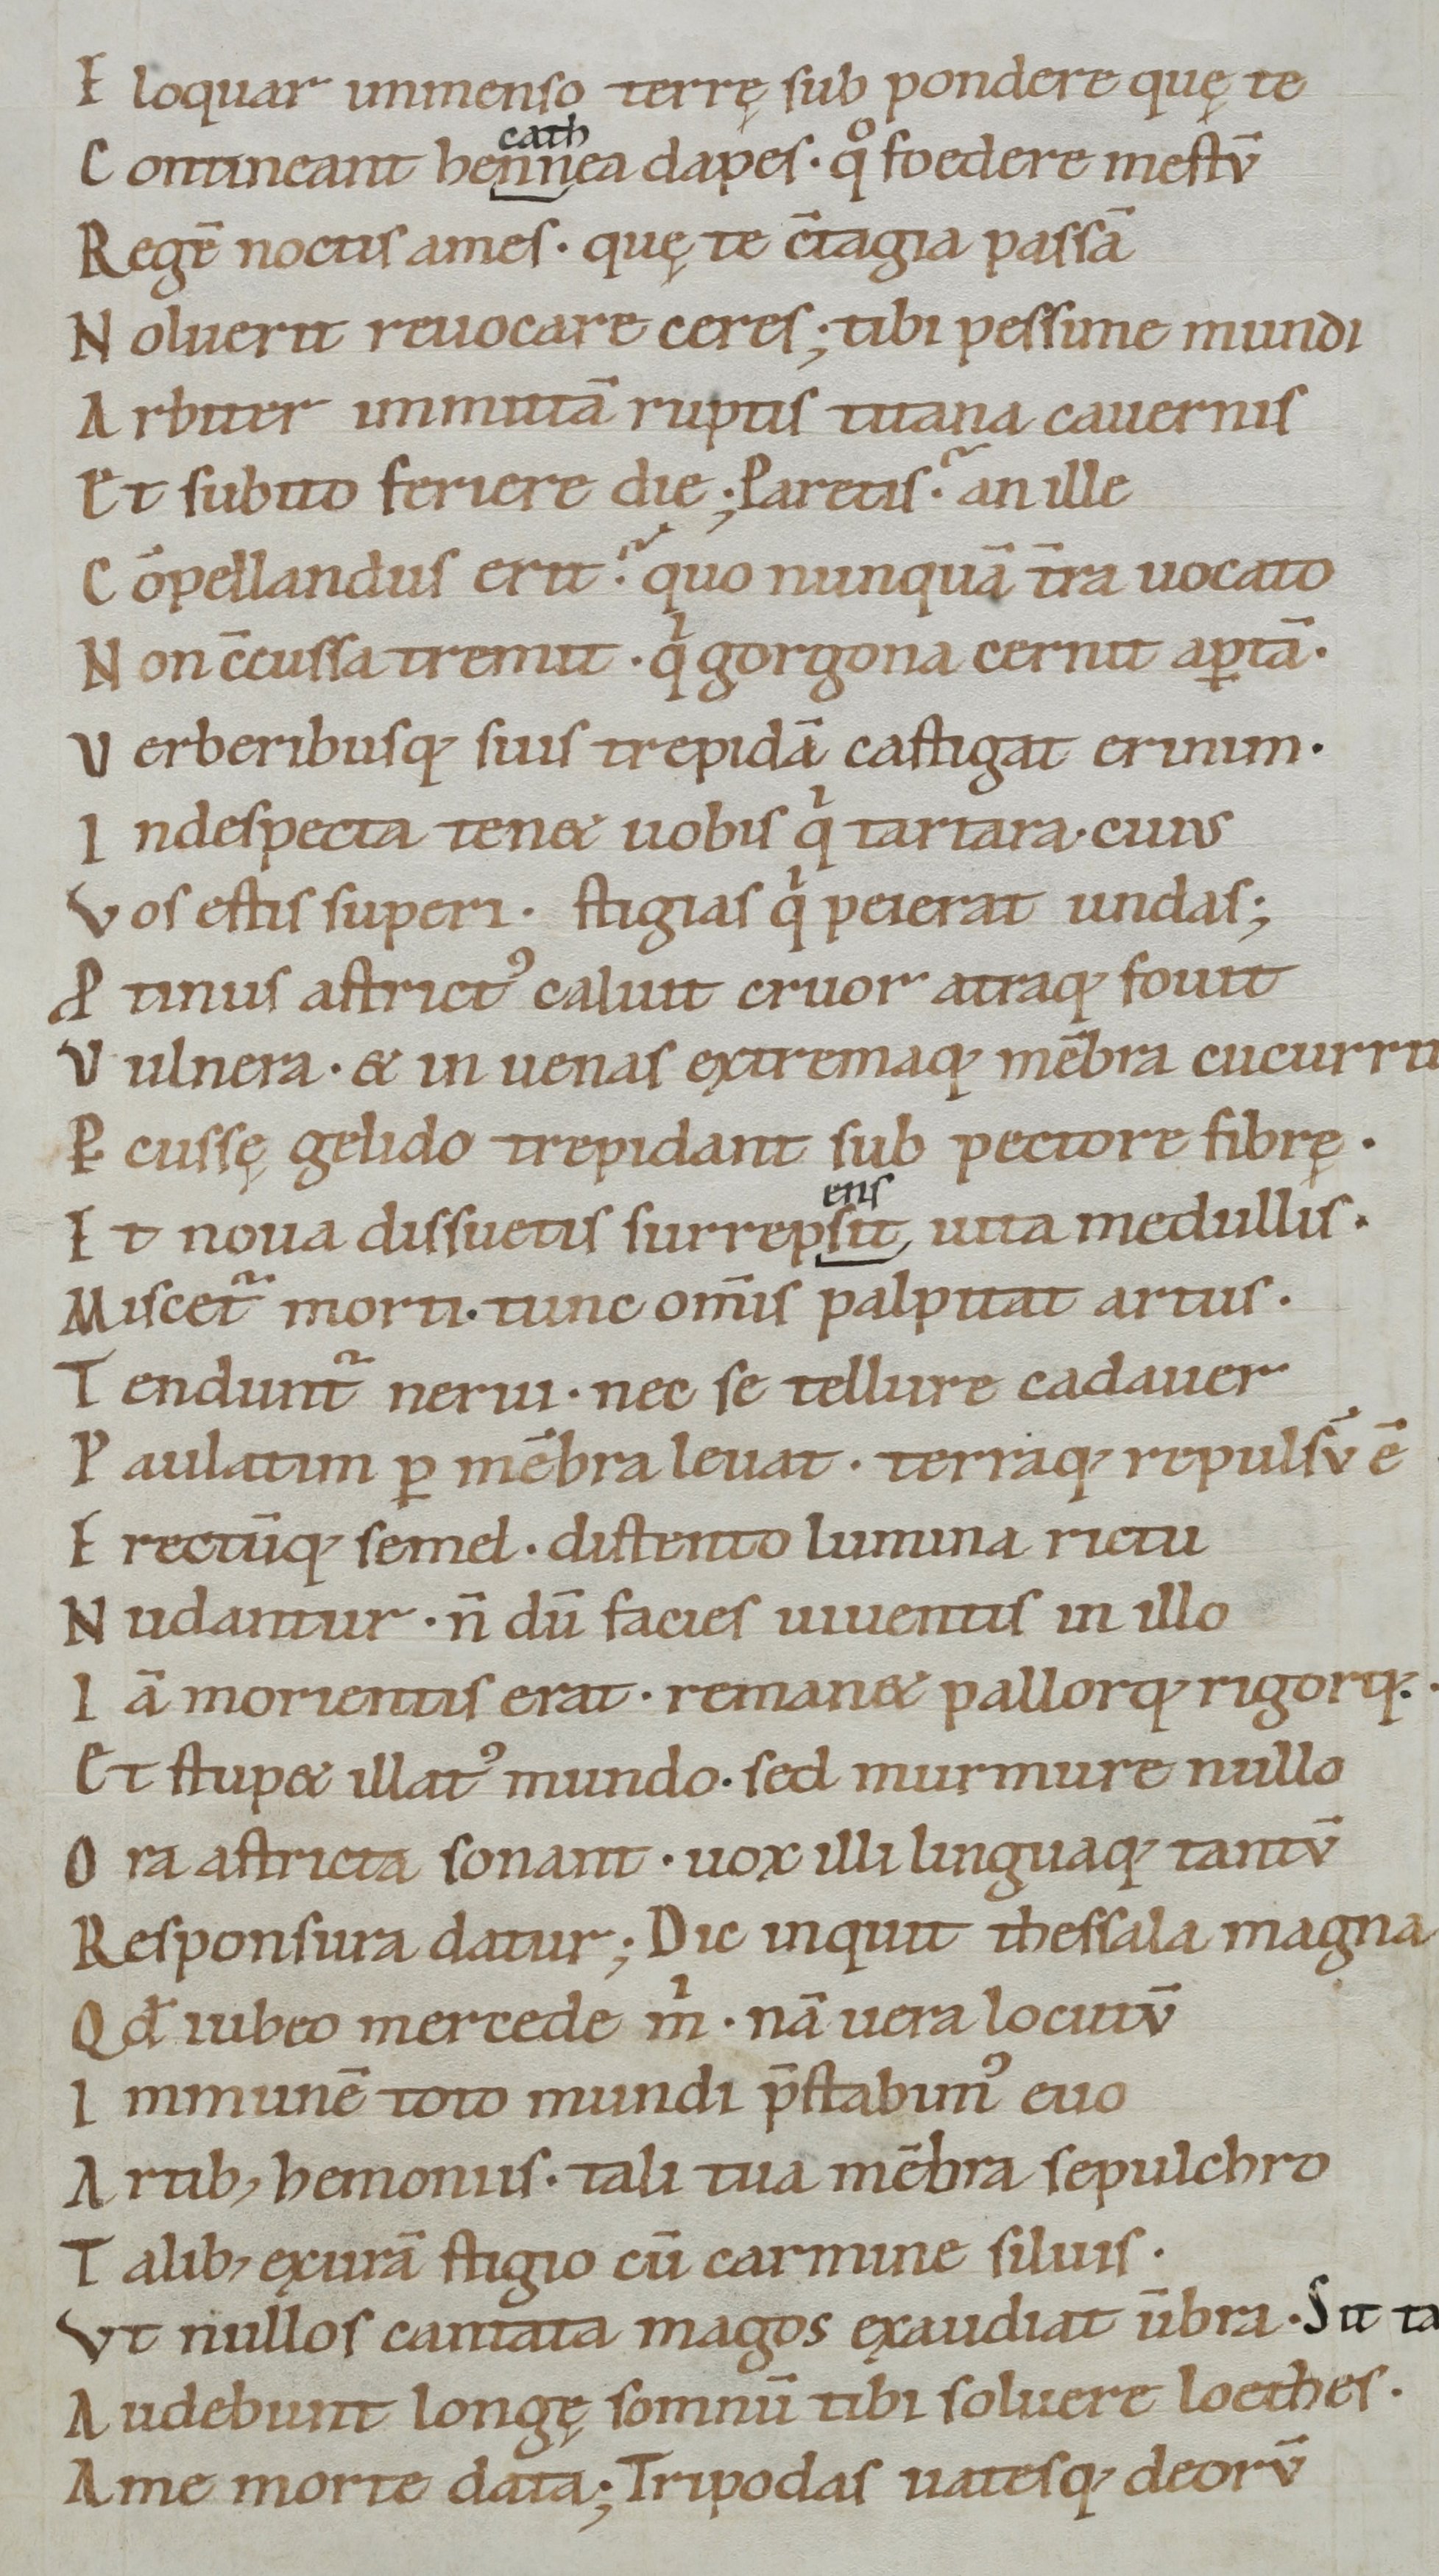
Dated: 1050–1074